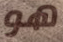
هو